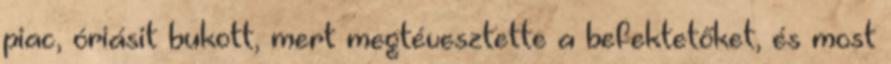
piac, óriásit bukott, mert megtévesztette a befektetőket, és most